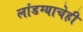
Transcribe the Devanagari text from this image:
लांडग्याचेही